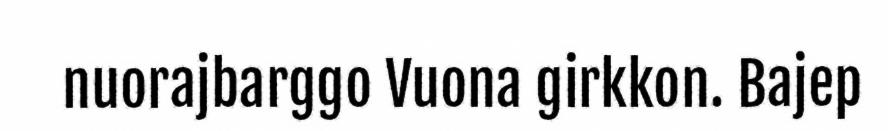
nuorajbarggo Vuona girkkon. Bajep